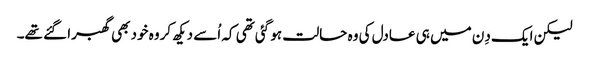
لیکن ایک دِن میں ہی عادل کی وہ حالت ہو گئی تھی کہ اُسے دیکھ کروہ خود بھی گھبرا گئے تھے۔